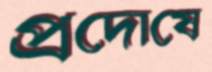
প্রদোষে